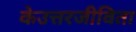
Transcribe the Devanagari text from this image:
केउत्तरजीविता